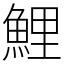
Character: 鯉